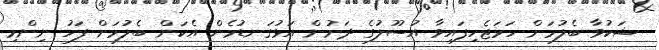
ޝަކުވާ ބެލުމަށް ހަމަޖެހިފައިވާ އުސޫލުގެ ދަށުން އަޅުގަނޑުމެން އެކަން ބެލުމަށް ފަހު ނިންމި